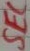
Text: SEC